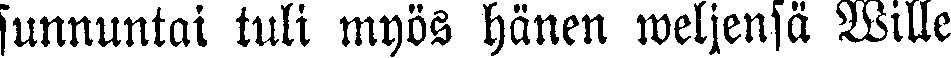
sunnuntai tuli myös hänen weljensä Wille